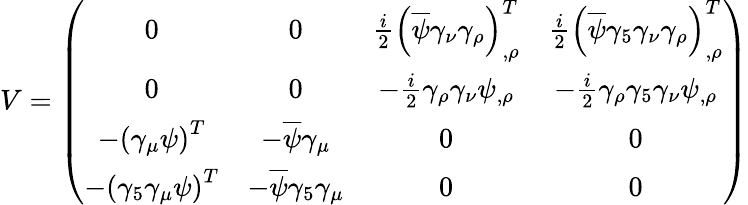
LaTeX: V=\left(\begin{array}{cccc}{{0}}&{{0}}&{{\frac{i}{2}\left(\overline{{\psi}}\gamma_{\nu}\gamma_{\rho}\right)_{,\rho}^{T}}}&{{\frac{i}{2}\left(\overline{{\psi}}\gamma_{5}\gamma_{\nu}\gamma_{\rho}\right)_{,\rho}^{T}}}\\ {{0}}&{{0}}&{{-\frac{i}{2}\gamma_{\rho}\gamma_{\nu}\psi_{,\rho}}}&{{-\frac{i}{2}\gamma_{\rho}\gamma_{5}\gamma_{\nu}\psi_{,\rho}}}\\ {{-\left(\gamma_{\mu}\psi\right)^{T}}}&{{-\overline{{\psi}}\gamma_{\mu}}}&{{0}}&{{0}}\\ {{-\left(\gamma_{5}\gamma_{\mu}\psi\right)^{T}}}&{{-\overline{{\psi}}\gamma_{5}\gamma_{\mu}}}&{{0}}&{{0}}\end{array}\right)